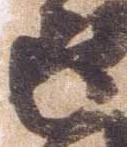
返